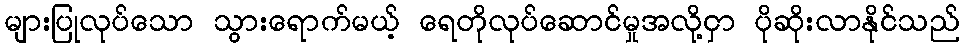
များပြုလုပ်သော သွားရောက်မယ့် ရေတိုလုပ်ဆောင်မှုအလို့ငှာ ပိုဆိုးလာနိုင်သည်